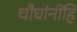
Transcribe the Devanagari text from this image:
चौघांनींहि